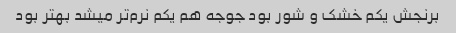
برنجش یکم خشک و شور بود جوجه هم یکم نرم‌تر میشد بهتر بود